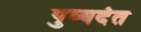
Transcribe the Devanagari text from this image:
पुष्यदंत